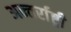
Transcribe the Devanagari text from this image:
अन्तर्राष्ट्री